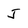
Character: I